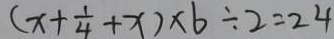
( x + \frac { 1 } { 4 } + x ) \times 6 \div 2 = 2 4